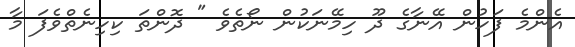
އެންމެ ފަހުން އޭނާގެ ދޫ ހިމޭނަކުން ނޯތެވެ " ދޮންތަ ކިހިނެތްވެފަ މާ